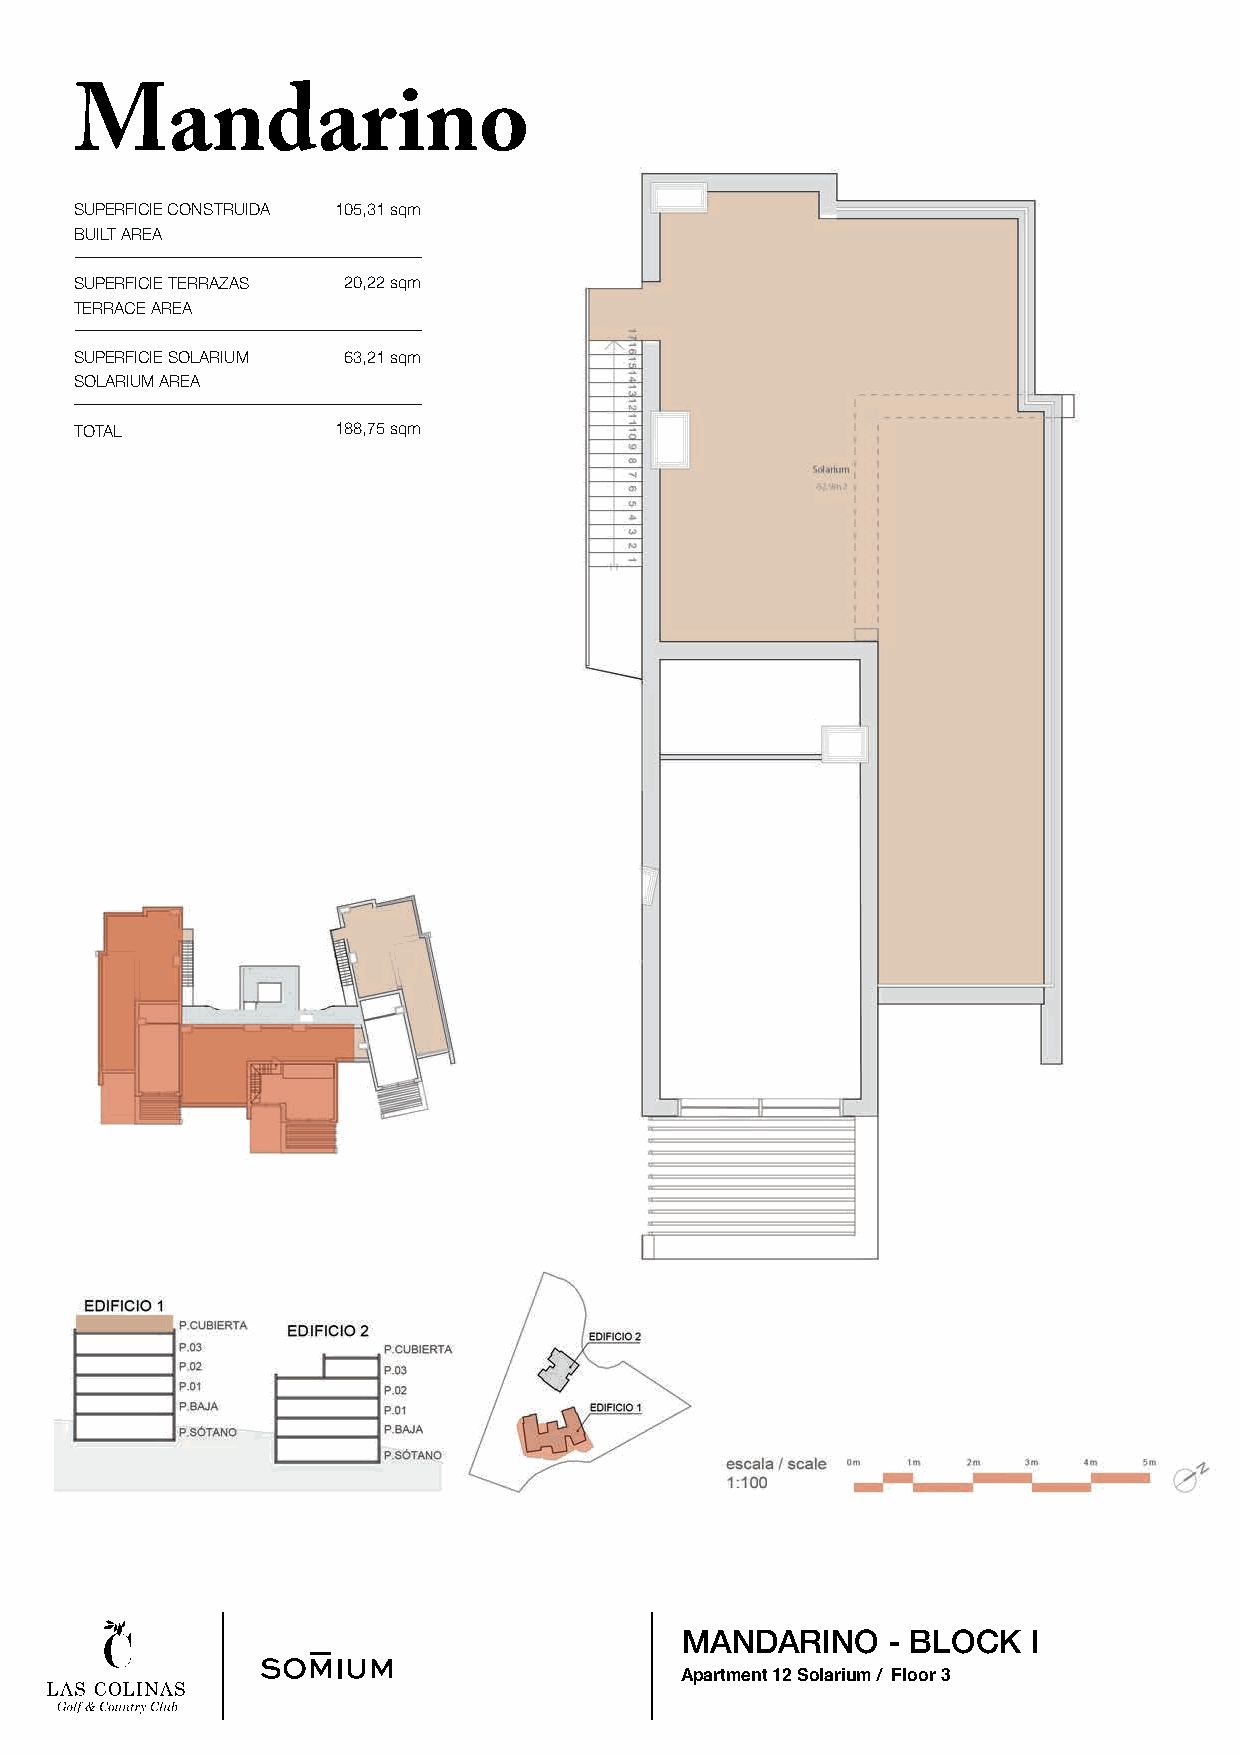
Mandarino
 SUPERFICIE CONSTRUIDA 105,31 sqm
 BUILT AREA
 SUPERFICIE TERRAZAS 20,22 sqm
 TERRACE AREA
 SUPERFICIE SOLARIUM 63,21 sqm
 SOLARIUM AREA
 TOTAL            188,75 sqm
 MANDARINO     - BLOCK  I
 Apartment 12 Solarium / Floor 3